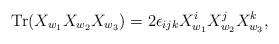
LaTeX: \begin{align*}{\rm Tr}(X_{w_1} X_{w_2} X_{w_3}) = 2 \epsilon_{ijk} X_{w_1}^i X_{w_2}^j X_{w_3}^k,\end{align*}